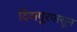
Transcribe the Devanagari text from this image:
दिसपूरपासून